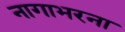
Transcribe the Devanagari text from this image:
नागाभरना